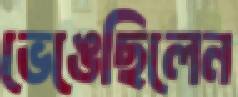
ভেঙেছিলেন